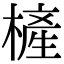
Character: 㯆